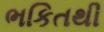
ભકિતથી